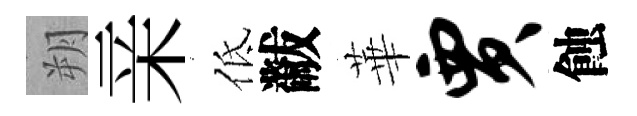
朔亲低黻華贾蝕